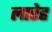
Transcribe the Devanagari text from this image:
लारेह